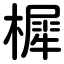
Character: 樨